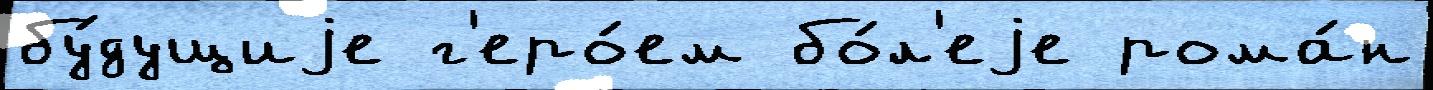
бу́дущиjе г'еро́ем бо́л'еjе рома́н